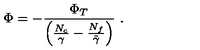
\Phi = - \frac { \Phi _ { T } } { \left( \frac { N _ { c } } { \gamma } - \frac { N _ { f } } { \tilde { \gamma } } \right) } \ .